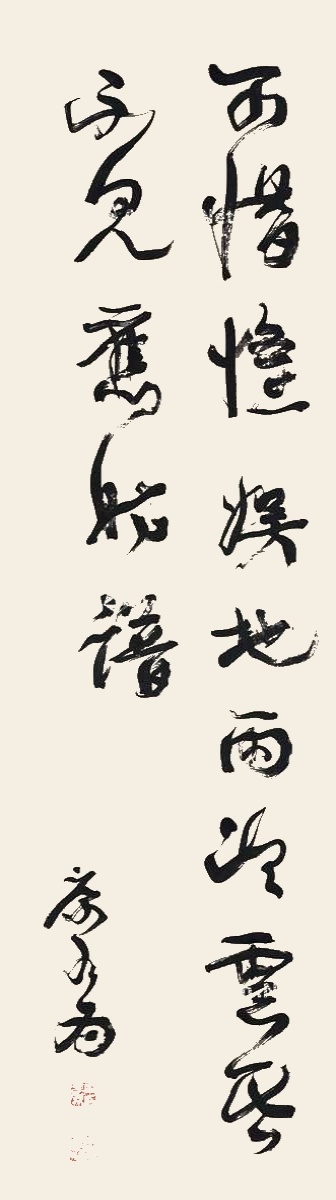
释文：可惜欢娱地，雨冷云昏，不见旧时谱。康有为。